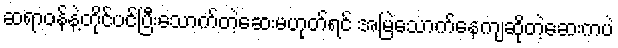
ဆရာဝန်နဲ့တိုင်ပင်ပြီးသောက်တဲ့ဆေးမဟုတ်ရင် အမြဲသောက်နေကျဆိုတဲ့ဆေးကပဲ